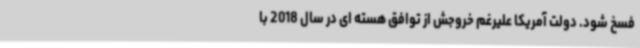
فسخ شود. دولت آمریکا علیرغم خروجش از توافق هسته‌ ای در سال 2018 با